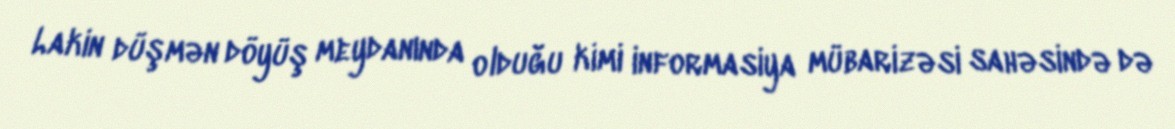
Lakin düşmən döyüş meydanında olduğu kimi informasiya mübarizəsi sahəsində də